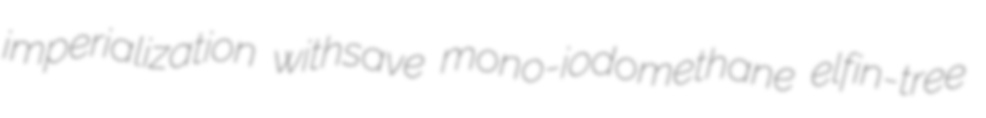
imperialization withsave mono-iodomethane elfin-tree